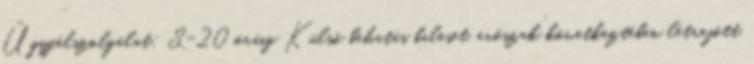
Ügyfélszolgálat: 8-20 óráig Külső behatás baleset, erőszak következtében létrejött